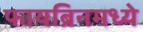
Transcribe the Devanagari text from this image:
फायब्रिनमध्ये